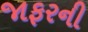
જાફરની